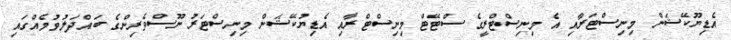
އެޑިޔޫކޭޝަން މިނިސްޓަރާއި އެ މިނިސްޓްރީގެ ސްޓޭޓް މިނިސްޓްރާއި އެޑިޔުކޭޝަން މިނިސްޓަރު ނޫސްވެރިންގެ ބައްދަލުވުމެއްގައި